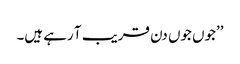
’’جوں جوں دن قریب آ رہے ہیں۔